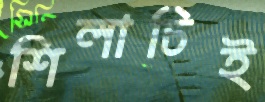
শিলাচিই